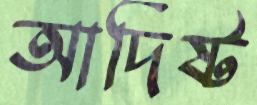
আদিষ্ট